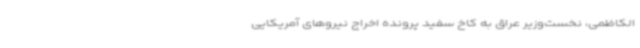
الکاظمی، نخست‌وزیر عراق به کاخ سفید پرونده اخراج نیروهای آمریکایی